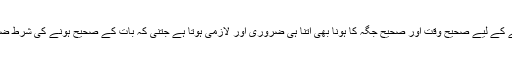
صحیح بات کہنے کے لیے صحیح وقت اور صحیح جگہ کا ہونا بھی اتنا ہی ضروری اور لازمی ہوتا ہے جتنی کہ بات کے صحیح ہونے کی شرط ضروری ہوتی ہے۔